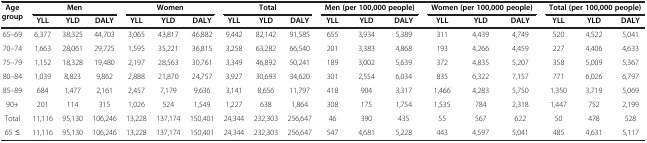
<table><thead><tr><td><b>Age group</b></td><td colspan="3"><b>Men</b></td><td colspan="3"><b>Women</b></td><td colspan="3"><b>Total</b></td><td colspan="3"><b>Men (per 100,000 people)</b></td><td colspan="3"><b>Women (per 100,000 people)</b></td><td colspan="3"><b>Total (per 100,000 people)</b></td></tr><tr><td><b> </b></td><td><b>YLL</b></td><td><b>YLD</b></td><td><b>DALY</b></td><td><b>YLL</b></td><td><b>YLD</b></td><td><b>DALY</b></td><td><b>YLL</b></td><td><b>YLD</b></td><td><b>DALY</b></td><td><b>YLL</b></td><td><b>YLD</b></td><td><b>DALY</b></td><td><b>YLL</b></td><td><b>YLD</b></td><td><b>DALY</b></td><td><b>YLL</b></td><td><b>YLD</b></td><td><b>DALY</b></td></tr></thead><tbody><tr><td>65–69</td><td>6,377</td><td>38,325</td><td>44,703</td><td>3,065</td><td>43,817</td><td>46,882</td><td>9,442</td><td>82,142</td><td>91,585</td><td>655</td><td>3,934</td><td>5,389</td><td>311</td><td>4,439</td><td>4,749</td><td>520</td><td>4,522</td><td>5,041</td></tr><tr><td>70–74</td><td>1,663</td><td>28,061</td><td>29,725</td><td>1,595</td><td>35,221</td><td>36,815</td><td>3,258</td><td>63,282</td><td>66,540</td><td>201</td><td>3,383</td><td>4,868</td><td>193</td><td>4,266</td><td>4,459</td><td>227</td><td>4,406</td><td>4,633</td></tr><tr><td>75–79</td><td>1,152</td><td>18,328</td><td>19,480</td><td>2,197</td><td>28,563</td><td>30,761</td><td>3,349</td><td>46,892</td><td>50,241</td><td>189</td><td>3,002</td><td>5,639</td><td>372</td><td>4,835</td><td>5,207</td><td>358</td><td>5,009</td><td>5,367</td></tr><tr><td>80–84</td><td>1,039</td><td>8,823</td><td>9,862</td><td>2,888</td><td>21,870</td><td>24,757</td><td>3,927</td><td>30,693</td><td>34,620</td><td>301</td><td>2,554</td><td>6,034</td><td>835</td><td>6,322</td><td>7,157</td><td>771</td><td>6,026</td><td>6,797</td></tr><tr><td>85–89</td><td>684</td><td>1,477</td><td>2,161</td><td>2,457</td><td>7,179</td><td>9,636</td><td>3,141</td><td>8,656</td><td>11,797</td><td>418</td><td>904</td><td>3,317</td><td>1,466</td><td>4,283</td><td>5,750</td><td>1,350</td><td>3,719</td><td>5,069</td></tr><tr><td>90+</td><td>201</td><td>114</td><td>315</td><td>1,026</td><td>524</td><td>1,549</td><td>1,227</td><td>638</td><td>1,864</td><td>308</td><td>175</td><td>1,754</td><td>1,535</td><td>784</td><td>2,318</td><td>1,447</td><td>752</td><td>2,199</td></tr><tr><td>Total</td><td>11,116</td><td>95,130</td><td>106,246</td><td>13,228</td><td>137,174</td><td>150,401</td><td>24,344</td><td>232,303</td><td>256,647</td><td>46</td><td>390</td><td>435</td><td>55</td><td>567</td><td>622</td><td>50</td><td>478</td><td>528</td></tr><tr><td>65 ≤</td><td>11,116</td><td>95,130</td><td>106,246</td><td>13,228</td><td>137,174</td><td>150,401</td><td>24,344</td><td>232,303</td><td>256,647</td><td>547</td><td>4,681</td><td>5,228</td><td>443</td><td>4,597</td><td>5,041</td><td>485</td><td>4,631</td><td>5,117</td></tr></tbody></table>